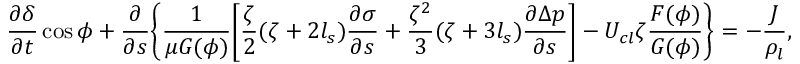
\frac { \partial \delta } { \partial t } \cos \phi + \frac { \partial } { \partial s } \Bigg \{ \frac { 1 } { \mu G ( \phi ) } \Bigg [ \frac { \zeta } { 2 } ( \zeta + 2 l _ { s } ) \frac { \partial \sigma } { \partial s } + \frac { \zeta ^ { 2 } } { 3 } ( \zeta + 3 l _ { s } ) \frac { \partial \Delta p } { \partial s } \Bigg ] - U _ { c l } \zeta \frac { F ( \phi ) } { G ( \phi ) } \Bigg \} = - \frac { J } { \rho _ { l } } ,